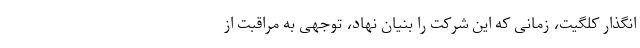
انگذار کلگیت، زمانی که این شرکت را بنیان نهاد، توجهی به مراقبت از